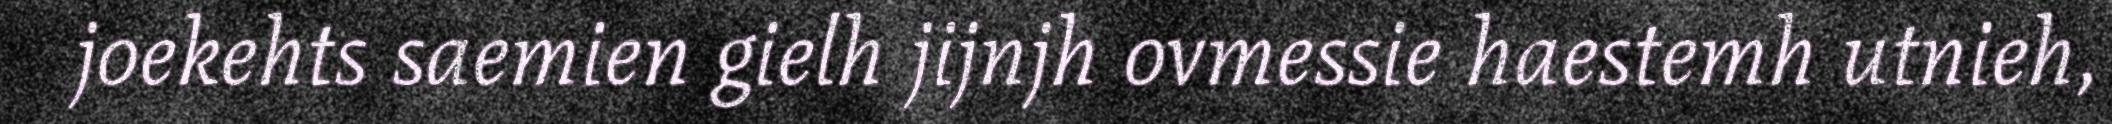
joekehts saemien gielh jijnjh ovmessie haestemh utnieh,